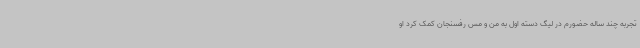
تجربه چند ساله حضورم در لیگ دسته اول به من و مس رفسنجان کمک کرد او